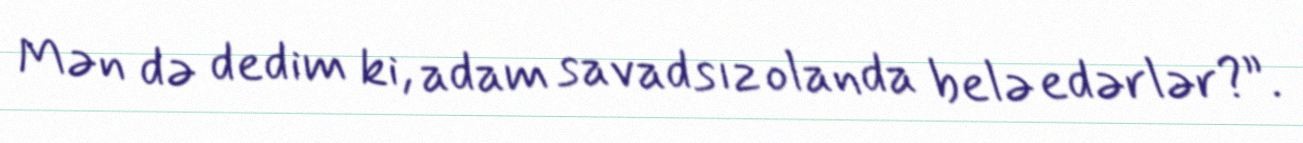
Mən də dedim ki, adam savadsız olanda belə edərlər?”.